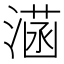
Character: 𣼏